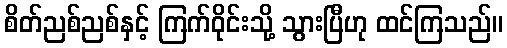
စိတ်ညစ်ညစ်နှင့် ကြက်ဝိုင်းသို့ သွားပြီဟု ထင်ကြသည်။